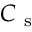
C _ { \mathrm { ~ s ~ } }